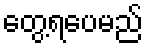
တွေ့ရပေမည်